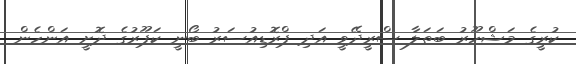
ކުރީގެ މަޝްހޫރު ބަތަލާ ސްރީދޭވީ އަދި ޕްރޮޑިއުސަރު ބޯނީ ކަޕޫރުގެ ދޮށީ އަންހެން